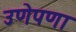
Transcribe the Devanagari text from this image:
उणेपणा